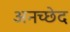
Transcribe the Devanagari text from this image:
अनच्छेद